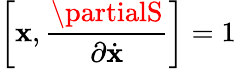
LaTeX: \left[\mathbf{x},{\frac{{\partialS}}{{\partial{\dot{{\mathbf{x}}}}}}}\right]=1